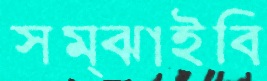
সম্‌ঝাইবি